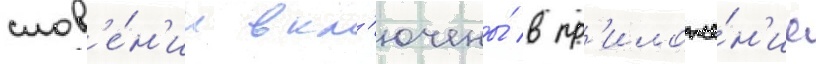
слов'е́н'ии вкл'ючены́ в пр'иложе́н'ие